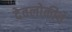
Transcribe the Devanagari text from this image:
देवलोकीचे